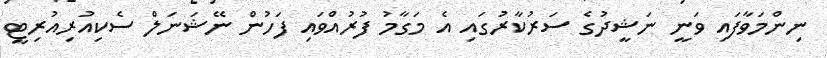
ނިންމަވާފައި ވަނީ ނަޝީދުގެ ސަރުކާރުގައި އެ މަގާމު ފުރުއްވައި ފަހުން ނޭޝަނަލް ސެކިއުރިއުރިޓީ